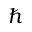
\hbar